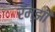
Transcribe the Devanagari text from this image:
रॅम्झी